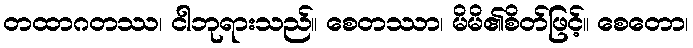
တထာဂတဿ၊ ငါဘုရားသည်။ စေတဿာ၊ မိမိ၏စိတ်ဖြင့်။ စေတော၊